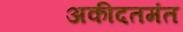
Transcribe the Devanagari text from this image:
अकीदतमंत